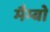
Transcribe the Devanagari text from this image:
मैम्बो